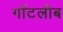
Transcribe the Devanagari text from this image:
गॉटलीब